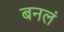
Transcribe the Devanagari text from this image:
बनलं